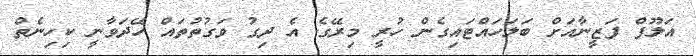
އަލޫފް ފަޒީނާއަށް ބަލަހައްޓައިގެން ހުރީ މިރޭގެ އެ ދިގު ވަގުތުތައް ހޭދަވާނީ ކިހިނެތް